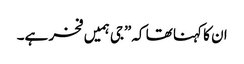
ان کا کہنا تھا کہ”جی ہمیں فخر ہے۔